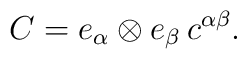
C = e_\alpha \otimes e_\beta \, c^{\alpha \beta}.